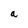
Character: a